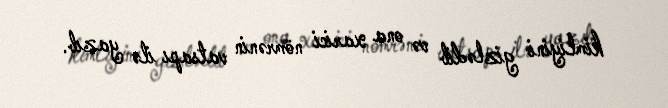
kimliyini gizlədib və ona xarici nömrənin vatsapı ilə yazıb.